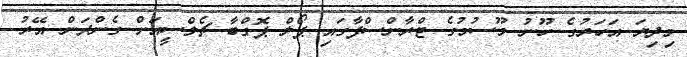
މިދިޔަ އަހަރުގެ ހޫނު މޫސުމުގެ ޓްރާންސްފާގައި ޕޯލް ޕޮގްބާ ޗެލްސީއަށް ގެންދަން އޭރު